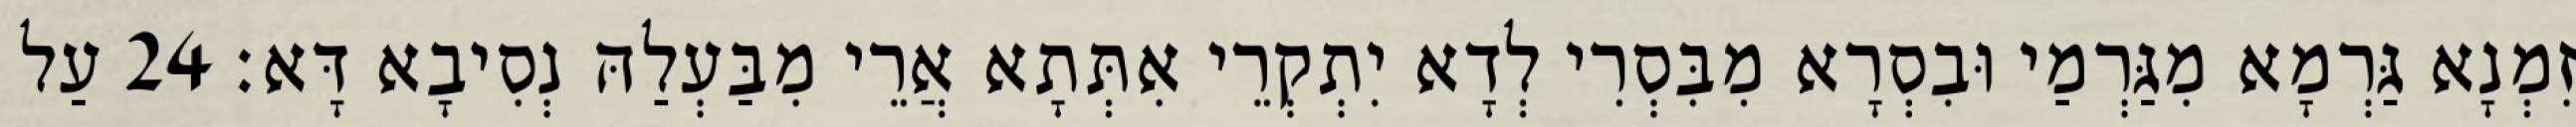
זִמְנָא גַּרְמָא מִגַּרְמַי וּבִסְרָא מִבִּסְרִי לְדָא יִתְקְרֵי אִתְּתָא אֲרֵי מִבַּעְלַהּ נְסִיבָא דָּא׃ 24 עַל